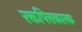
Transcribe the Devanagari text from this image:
रक्तपित्तकारक